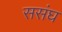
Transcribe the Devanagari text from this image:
ससंघ